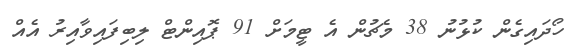
ހޯދައިގެން ކުޅުނު 38 މެޗުން އެ ޓީމަށް 91 ޕޮއިންޓް ލިބިފައިވާއިރު އެއް